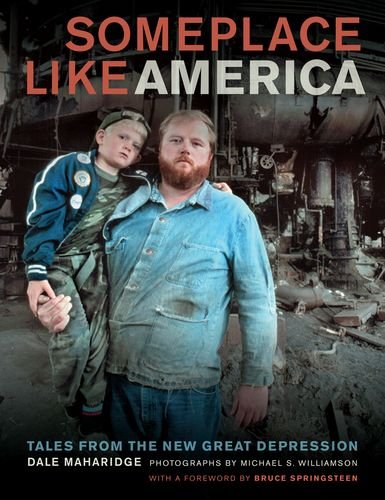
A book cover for Someplace Like America: Tales from the New Great Depression; Dale Maharidge; Business & Money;